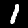
Digit: 1